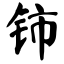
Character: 铈